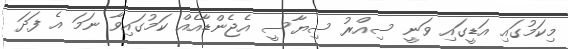
މިކަމުގައި އަޑީގައި ވަނީ ސިއްރު ސިޔާސީ އެޖެންޑާއެއް ކަމުގައިވާ ނަމަ އެ ފަދަ